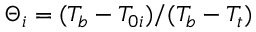
\Theta _ { i } = ( T _ { b } - T _ { 0 i } ) / ( T _ { b } - T _ { t } )